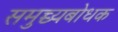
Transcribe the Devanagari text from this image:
समुच्च्यबोधक